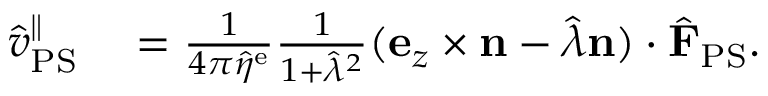
\begin{array} { r l } { \hat { v } _ { \mathrm { P S } } ^ { \| } } & { { } = \frac { 1 } { 4 \pi \hat { \eta } ^ { \mathrm { e } } } \frac { 1 } { { 1 + \hat { \lambda } ^ { 2 } } } ( \mathbf { e } _ { z } \times \mathbf { n } - \hat { \lambda } \mathbf { n } ) \cdot \hat { \mathbf { F } } _ { \mathrm { P S } } . } \end{array}